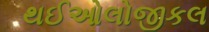
થઈઓલોજીકલ